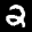
Label: 2